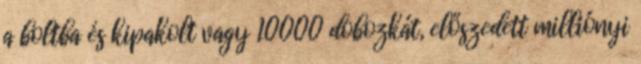
a boltba és kipakolt vagy 10000 dobozkát, előszedett milliónyi